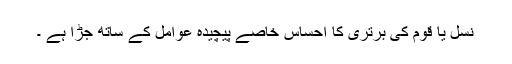
نسل یا قوم کی برتری کا احساس خاصے پیچیدہ عوامل کے ساتھ جڑا ہے ۔